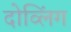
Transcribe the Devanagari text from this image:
दोव्लिंग